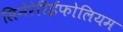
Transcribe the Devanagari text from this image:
सिनेरेरिईफोलियम